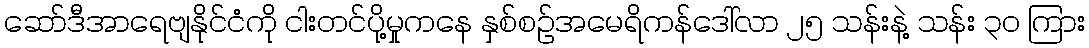
ဆော်ဒီအာရေဗျနိုင်ငံကို ငါးတင်ပို့မှုကနေ နှစ်စဉ်အမေရိကန်ဒေါ်လာ ၂၅ သန်းနဲ့ သန်း ၃ဝ ကြား